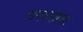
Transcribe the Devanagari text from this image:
धरमसाला